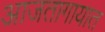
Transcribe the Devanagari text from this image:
आजतागायात